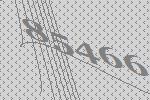
85466